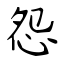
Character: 怨